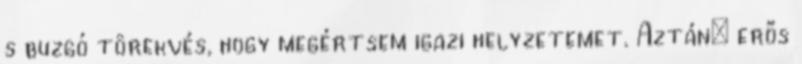
s buzgó törekvés, hogy megértsem igazi helyzetemet. Aztán: erős